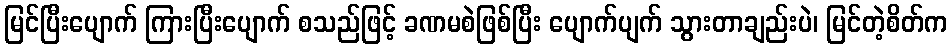
မြင်ပြီးပျောက် ကြားပြီးပျောက် စသည်ဖြင့် ခဏမစဲဖြစ်ပြီး ပျောက်ပျက် သွားတာချည်းပဲ၊ မြင်တဲ့စိတ်က